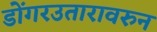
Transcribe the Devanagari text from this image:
डोंगरउतारावरुन